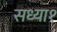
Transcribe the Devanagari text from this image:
सध्या१